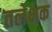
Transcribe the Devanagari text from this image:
तलेक्षक